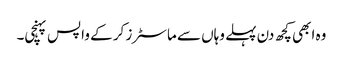
وہ ابھی کچھ دن پہلے وہاں سے ماسٹرز کر کے واپس پہنچی۔